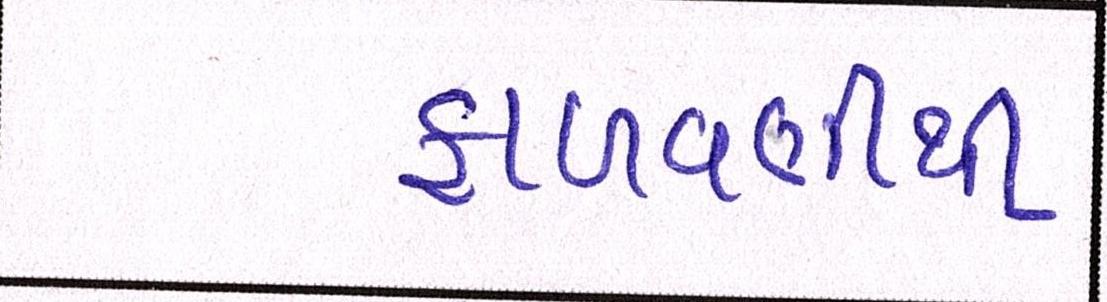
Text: ફાળવણીથી